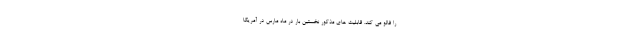
را فالو می کند. قابلیت های مذکور نخستین بار در ماه مارس در آمریکا